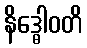
နိဒ္ဓေါဝတိ